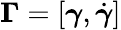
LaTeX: \boldsymbol{\Gamma}=[\boldsymbol{\gamma},\dot{\boldsymbol{\gamma}}]